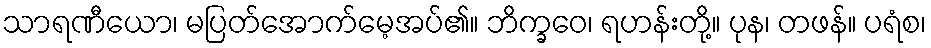
သာရဏီယော၊ မပြတ်အောက်မေ့အပ်၏။ ဘိက္ခဝေ၊ ရဟန်းတို့။ ပုန၊ တဖန်။ ပရံစ၊